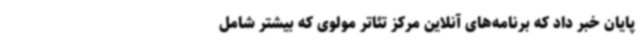
پایان خبر داد که برنامه‌های آنلاین مرکز تئاتر مولوی که بیشتر شامل